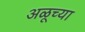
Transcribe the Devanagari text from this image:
अळूच्या